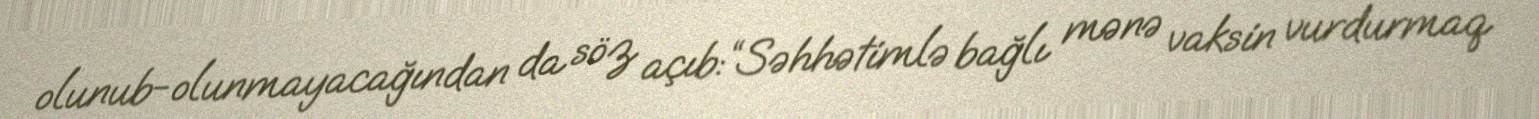
olunub-olunmayacağından da söz açıb:“Səhhətimlə bağlı mənə vaksin vurdurmaq